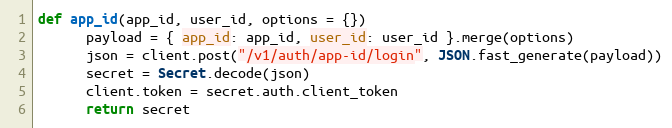
Language: Ruby
def app_id(app_id, user_id, options = {})
      payload = { app_id: app_id, user_id: user_id }.merge(options)
      json = client.post("/v1/auth/app-id/login", JSON.fast_generate(payload))
      secret = Secret.decode(json)
      client.token = secret.auth.client_token
      return secret